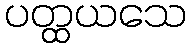
ပတ္ထယသေ